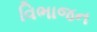
વિભાજન